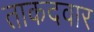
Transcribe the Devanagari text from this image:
ताकदवार